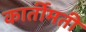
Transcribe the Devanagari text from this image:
कार्तीमती